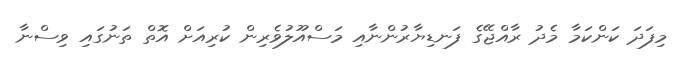
މިފަދަ ކަންކަމާ މެދު ރާއްޖޭގެ ފަނޑިޔާރުންނާއި މަސްއޫލުވެރިން ކުރިއަށް އޮތް ތަނުގައި ވިސްނާ